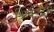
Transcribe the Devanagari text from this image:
श्र्चिएदम